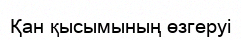
Қан қысымының өзгеруі